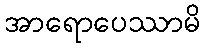
အာရောပေဿာမိ